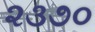
૨૩૭૦